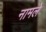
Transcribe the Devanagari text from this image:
नामले